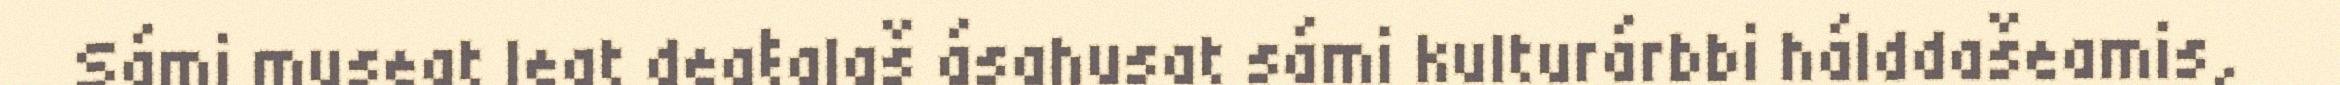
Sámi museat leat deaŧalaš ásahusat sámi kulturárbbi hálddašeamis,